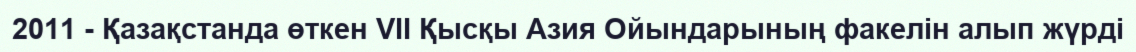
2011 - Қазақстанда өткен VII Қысқы Азия Ойындарының факелін алып жүрді